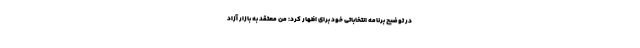
در توضیح برنامه انتخاباتی خود برای اظهار کرد: من معتقد به بازار آزاد